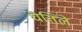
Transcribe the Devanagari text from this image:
घॆत्तिले